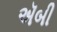
ઍબી